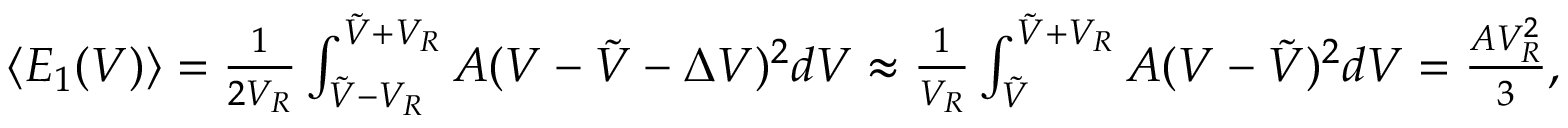
\begin{array} { r } { \langle E _ { 1 } ( V ) \rangle = \frac 1 { 2 V _ { R } } \int _ { \tilde { V } - V _ { R } } ^ { \tilde { V } + V _ { R } } A ( V - \tilde { V } - \Delta V ) ^ { 2 } d V \approx \frac 1 { V _ { R } } \int _ { \tilde { V } } ^ { \tilde { V } + V _ { R } } A ( V - \tilde { V } ) ^ { 2 } d V = \frac { A V _ { R } ^ { 2 } } 3 , } \end{array}